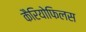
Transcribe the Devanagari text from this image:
कैरियोफिलस